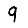
Digit: 9